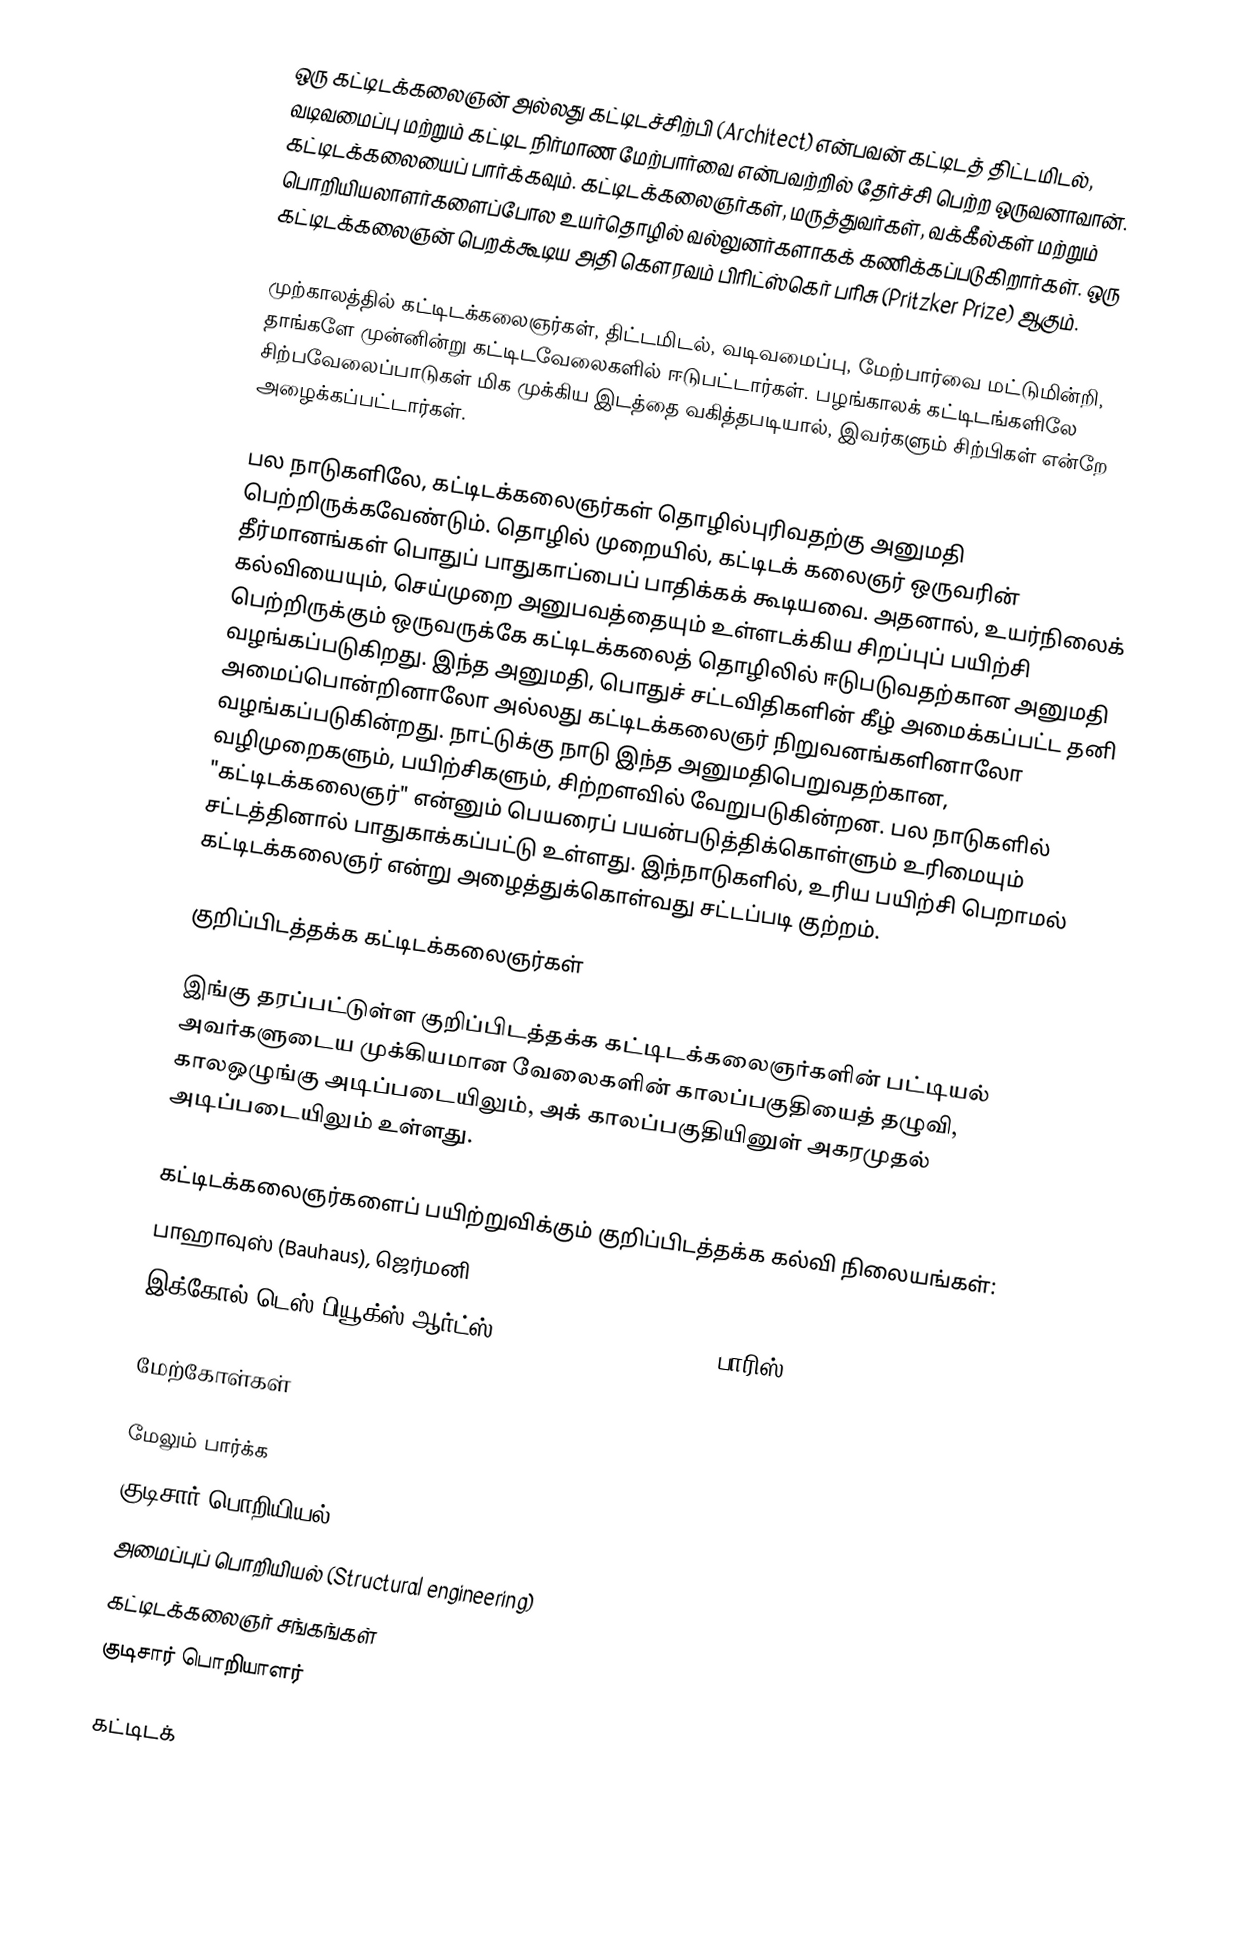
ஒரு கட்டிடக்கலைஞன் அல்லது கட்டிடச்சிற்பி (Architect) என்பவன் கட்டிடத் திட்டமிடல், வடிவமைப்பு மற்றும் கட்டிட நிர்மாண மேற்பார்வை என்பவற்றில் தேர்ச்சி பெற்ற ஒருவனாவான். கட்டிடக்கலையைப் பார்க்கவும். கட்டிடக்கலைஞர்கள், மருத்துவர்கள், வக்கீல்கள் மற்றும் பொறியியலாளர்களைப்போல உயர்தொழில் வல்லுனர்களாகக் கணிக்கப்படுகிறார்கள். ஒரு கட்டிடக்கலைஞன் பெறக்கூடிய அதி கௌரவம் பிரிட்ஸ்கெர் பரிசு (Pritzker Prize) ஆகும்.

முற்காலத்தில் கட்டிடக்கலைஞர்கள், திட்டமிடல், வடிவமைப்பு, மேற்பார்வை மட்டுமின்றி, தாங்களே முன்னின்று கட்டிடவேலைகளில் ஈடுபட்டார்கள். பழங்காலக் கட்டிடங்களிலே சிற்பவேலைப்பாடுகள் மிக முக்கிய இடத்தை வகித்தபடியால், இவர்களும் சிற்பிகள் என்றே அழைக்கப்பட்டார்கள்.

பல நாடுகளிலே, கட்டிடக்கலைஞர்கள் தொழில்புரிவதற்கு அனுமதி பெற்றிருக்கவேண்டும். தொழில் முறையில், கட்டிடக் கலைஞர் ஒருவரின் தீர்மானங்கள் பொதுப் பாதுகாப்பைப் பாதிக்கக் கூடியவை. அதனால், உயர்நிலைக் கல்வியையும், செய்முறை அனுபவத்தையும் உள்ளடக்கிய சிறப்புப் பயிற்சி பெற்றிருக்கும் ஒருவருக்கே கட்டிடக்கலைத் தொழிலில் ஈடுபடுவதற்கான அனுமதி வழங்கப்படுகிறது. இந்த அனுமதி, பொதுச் சட்டவிதிகளின் கீழ் அமைக்கப்பட்ட தனி அமைப்பொன்றினாலோ அல்லது கட்டிடக்கலைஞர் நிறுவனங்களினாலோ வழங்கப்படுகின்றது. நாட்டுக்கு நாடு இந்த அனுமதிபெறுவதற்கான, வழிமுறைகளும், பயிற்சிகளும், சிற்றளவில் வேறுபடுகின்றன. பல நாடுகளில் "கட்டிடக்கலைஞர்" என்னும் பெயரைப் பயன்படுத்திக்கொள்ளும் உரிமையும் சட்டத்தினால் பாதுகாக்கப்பட்டு உள்ளது. இந்நாடுகளில், உரிய பயிற்சி பெறாமல் கட்டிடக்கலைஞர் என்று அழைத்துக்கொள்வது சட்டப்படி குற்றம்.

குறிப்பிடத்தக்க கட்டிடக்கலைஞர்கள்

இங்கு தரப்பட்டுள்ள குறிப்பிடத்தக்க கட்டிடக்கலைஞர்களின் பட்டியல் அவர்களுடைய முக்கியமான வேலைகளின் காலப்பகுதியைத் தழுவி, காலஒழுங்கு அடிப்படையிலும், அக் காலப்பகுதியினுள் அகரமுதல் அடிப்படையிலும் உள்ளது.

கட்டிடக்கலைஞர்களைப் பயிற்றுவிக்கும் குறிப்பிடத்தக்க கல்வி நிலையங்கள்:
 பாஹாவுஸ் (Bauhaus), ஜெர்மனி
 இக்கோல் டெஸ் பியூக்ஸ் ஆர்ட்ஸ் (Ecole des Beaux Arts), பாரிஸ்

மேற்கோள்கள்

மேலும் பார்க்க
 குடிசார் பொறியியல் (Civil engineering)
 அமைப்புப் பொறியியல் (Structural engineering)
 கட்டிடக்கலைஞர் சங்கங்கள்
 குடிசார் பொறியாளர்

கட்டிடக்